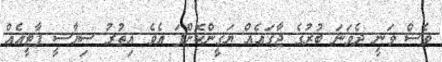
ވެސް ވަނީ ދެވަނަ ބުރުގެ ޖާގައެއް ޔަގީންކޮށްފަ އެވެ އިތުރު ސިޔާސީ ޕާޓީއެއް